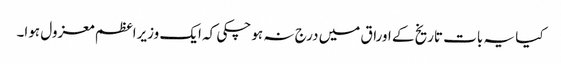
کیا یہ بات تاریخ کے اوراق میں درج نہ ہو چکی کہ ایک وزیراعظم معزول ہوا۔